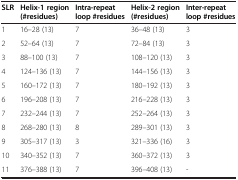
<table><thead><tr><td><b>SLR</b></td><td><b>Helix-1 region (#residues)</b></td><td><b>Intra-repeat loop #residues</b></td><td><b>Helix-2 region (#residues)</b></td><td><b>Inter-repeat loop #residues</b></td></tr></thead><tbody><tr><td>1</td><td>16–28 (13)</td><td>7</td><td>36–48 (13)</td><td>3</td></tr><tr><td>2</td><td>52–64 (13)</td><td>7</td><td>72–84 (13)</td><td>3</td></tr><tr><td>3</td><td>88–100 (13)</td><td>7</td><td>108–120 (13)</td><td>3</td></tr><tr><td>4</td><td>124–136 (13)</td><td>7</td><td>144–156 (13)</td><td>3</td></tr><tr><td>5</td><td>160–172 (13)</td><td>7</td><td>180–192 (13)</td><td>3</td></tr><tr><td>6</td><td>196–208 (13)</td><td>7</td><td>216–228 (13)</td><td>3</td></tr><tr><td>7</td><td>232–244 (13)</td><td>7</td><td>252–264 (13)</td><td>3</td></tr><tr><td>8</td><td>268–280 (13)</td><td>8</td><td>289–301 (13)</td><td>3</td></tr><tr><td>9</td><td>305–317 (13)</td><td>3</td><td>321–336 (16)</td><td>3</td></tr><tr><td>10</td><td>340–352 (13)</td><td>7</td><td>360–372 (13)</td><td>3</td></tr><tr><td>11</td><td>376–388 (13)</td><td>7</td><td>396–408 (13)</td><td>-</td></tr></tbody></table>